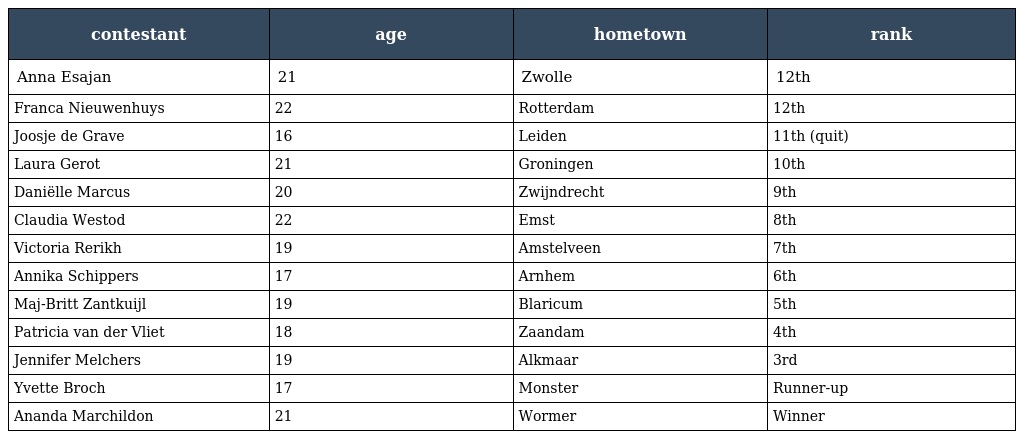
| contestant | age | hometown | rank |
 | --- | --- | --- | --- |
 | Anna Esajan | 21 | Zwolle | 12th |
 | Franca Nieuwenhuys | 22 | Rotterdam | 12th |
 | Joosje de Grave | 16 | Leiden | 11th (quit) |
 | Laura Gerot | 21 | Groningen | 10th |
 | Daniëlle Marcus | 20 | Zwijndrecht | 9th |
 | Claudia Westod | 22 | Emst | 8th |
 | Victoria Rerikh | 19 | Amstelveen | 7th |
 | Annika Schippers | 17 | Arnhem | 6th |
 | Maj-Britt Zantkuijl | 19 | Blaricum | 5th |
 | Patricia van der Vliet | 18 | Zaandam | 4th |
 | Jennifer Melchers | 19 | Alkmaar | 3rd |
 | Yvette Broch | 17 | Monster | Runner-up |
 | Ananda Marchildon | 21 | Wormer | Winner |